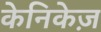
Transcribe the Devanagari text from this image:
केनिकेज़